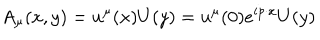
A _ { \mu } ( x , y ) = u ^ { \mu } ( x ) U ( y ) = u ^ { \mu } ( 0 ) e ^ { i p \cdot x } U ( y )